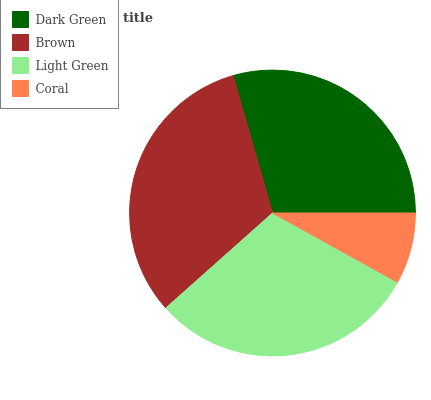
| Dark Green | Brown | Light Green | Coral |
 | --- | --- | --- | --- |
 | 29.4% | 32.1% | 30.4% | 8.05% |